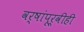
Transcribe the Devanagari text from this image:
वर्षांपूर्वीही